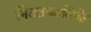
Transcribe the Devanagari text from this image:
निततकालिके